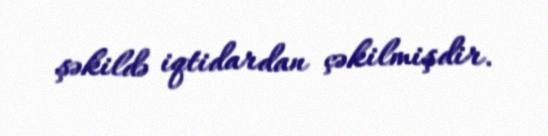
şəkildə iqtidardan çəkilmişdir.